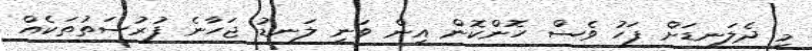
މި ދެލަނޑަށް ފަހު ވެސް ހޮންކޮން އިން ވަނީ ލަނޑު ޖަހާނެ ފުރުސަތުތަކެއް